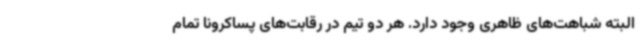
البته شباهت‌های ظاهری وجود دارد. هر دو تیم در رقابت‌های پساکرونا تمام